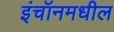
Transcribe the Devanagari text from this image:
इंचॉनमधील